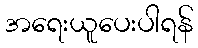
အရေးယူပေးပါရန်